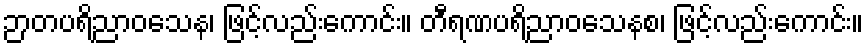
ဉာတပရိညာဝသေန၊ ဖြင့်လည်းကောင်း။ တီရဏပရိညာဝသေနစ၊ ဖြင့်လည်းကောင်း။